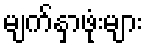
မျက်နှာဖုံးများ